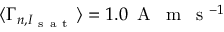
\ensuremath { \langle \Gamma _ { n , I _ { \mathrm { ~ s ~ a ~ t ~ } } } \rangle } = 1 . 0 \, \mathrm { ~ A ~ } \, \mathrm { ~ m ~ } \, \mathrm { ~ s ~ } ^ { - 1 }